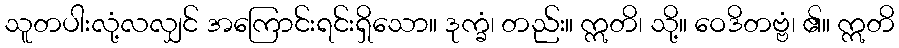
သူတပါးလုံ့လလျှင် အကြောင်းရင်းရှိသော။ ဒုက္ခံ၊ တည်း။ ဣတိ၊ သို့။ ဝေဒိတဗ္ဗံ၊ ၏။ ဣတိ